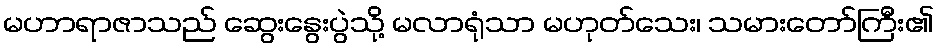
မဟာရာဇာသည် ဆွေးနွေးပွဲသို့ မလာရုံသာ မဟုတ်သေး၊ သမားတော်ကြီး၏